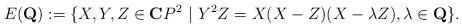
LaTeX: \begin{align*}E(\mathbf{Q}):=\{X,Y,Z\in \mathbf{C}P^2 ~|~Y^2Z=X(X-Z)(X-\lambda Z),\lambda\in\mathbf{Q}\}.\end{align*}